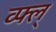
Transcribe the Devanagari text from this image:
व्फ्ल्